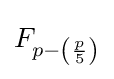
F_{p-\left({\frac {p}{5}}\right)}